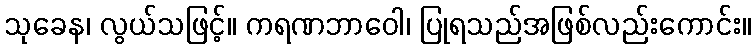
သုခေန၊ လွယ်သဖြင့်။ ကရဏဘာဝေါ၊ ပြုရသည်အဖြစ်လည်းကောင်း။